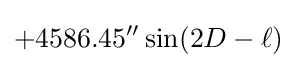
+4586.45''\sin(2D-\ell )